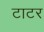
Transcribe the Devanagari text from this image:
टाटर